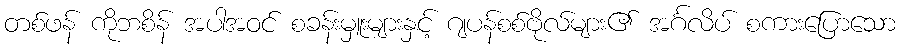
တစ်ဖန် ကိုဘစိန် အပါအဝင် စခန်းမှူးများနှင့် ဂျပန်စစ်ဗိုလ်များ၏ အင်္ဂလိပ် စကားပြောသော